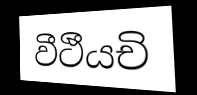
වීථීයචි